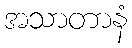
အသာတာနံ